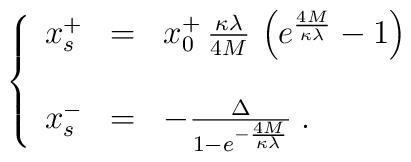
\left\{\begin{array}{lll}x^+_s&=&x^+_0\,\frac{\kappa\lambda}{4M}\,\left(e^{\frac{4M}{\kappa\lambda}}-1\right)\\\\x^-_s&=&-\frac{\Delta}{1-e^{-\frac{4M}{\kappa\lambda}}}\;.\end{array}\right.